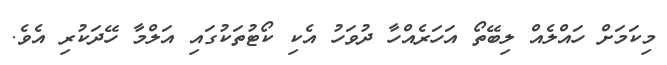
މިކަމަށް ހައްލެއް ލިބޭތޯ އަހަރެއްހާ ދުވަހު އެކި ކޯޓުތަކުގައި އަލްމާ ހޭދަކުރި އެވެ.